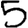
Digit: 5